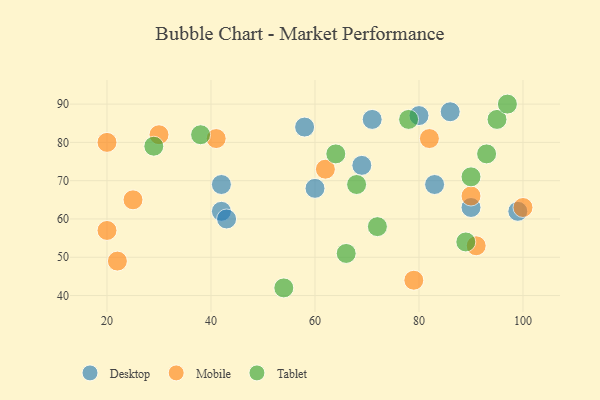
{"axis": {"x": "GDP", "y": "Life Expectancy"}, "legend": ["Desktop", "Mobile", "Tablet"], "data": [{"x": "90", "y": 63, "type": "Desktop"}, {"x": "42", "y": 69, "type": "Desktop"}, {"x": "42", "y": 62, "type": "Desktop"}, {"x": "99", "y": 62, "type": "Desktop"}, {"x": "43", "y": 60, "type": "Desktop"}, {"x": "60", "y": 68, "type": "Desktop"}, {"x": "86", "y": 88, "type": "Desktop"}, {"x": "69", "y": 74, "type": "Desktop"}, {"x": "80", "y": 87, "type": "Desktop"}, {"x": "71", "y": 86, "type": "Desktop"}, {"x": "83", "y": 69, "type": "Desktop"}, {"x": "58", "y": 84, "type": "Desktop"}, {"x": "30", "y": 82, "type": "Mobile"}, {"x": "25", "y": 65, "type": "Mobile"}, {"x": "90", "y": 66, "type": "Mobile"}, {"x": "41", "y": 81, "type": "Mobile"}, {"x": "62", "y": 73, "type": "Mobile"}, {"x": "100", "y": 63, "type": "Mobile"}, {"x": "82", "y": 81, "type": "Mobile"}, {"x": "20", "y": 57, "type": "Mobile"}, {"x": "91", "y": 53, "type": "Mobile"}, {"x": "22", "y": 49, "type": "Mobile"}, {"x": "79", "y": 44, "type": "Mobile"}, {"x": "20", "y": 80, "type": "Mobile"}, {"x": "29", "y": 79, "type": "Tablet"}, {"x": "68", "y": 69, "type": "Tablet"}, {"x": "54", "y": 42, "type": "Tablet"}, {"x": "93", "y": 77, "type": "Tablet"}, {"x": "38", "y": 82, "type": "Tablet"}, {"x": "64", "y": 77, "type": "Tablet"}, {"x": "90", "y": 71, "type": "Tablet"}, {"x": "72", "y": 58, "type": "Tablet"}, {"x": "95", "y": 86, "type": "Tablet"}, {"x": "97", "y": 90, "type": "Tablet"}, {"x": "66", "y": 51, "type": "Tablet"}, {"x": "89", "y": 54, "type": "Tablet"}, {"x": "78", "y": 86, "type": "Tablet"}]}